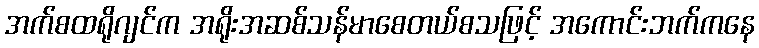
အက်စထရိုဂျင်က အရိုးအဆစ်သန်မာစေတယ်စသဖြင့် အကောင်းဘက်ကနေ